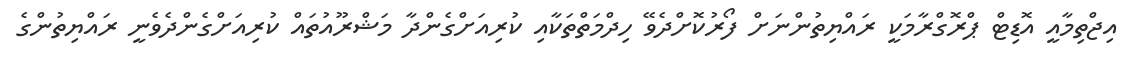
އިޖްތިމާއީ އޮޑިޓް ޕްރޮގްރާމަކީ ރައްޔިތުންނަށް ފޯރުކޮށްދެވޭ ހިދްމަތްތަކާއި ކުރިއަށްގެންދާ މަޝްރޫއުތައް ކުރިއަށްގެންދެވެނީ ރައްޔިތުންގެ